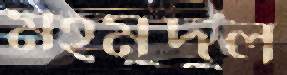
মহমুদুল